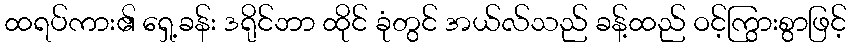
ထရပ်ကား၏ ရှေ့ခန်း ဒရိုင်ဘာ ထိုင် ခုံတွင် အယ်လ်သည် ခန့်ထည် ဝင့်ကြွားစွာဖြင့်